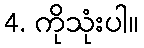
4. ကိုသုံးပါ။